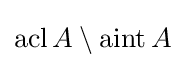
\operatorname {acl} A\setminus \operatorname {aint} A